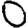
Digit: 0